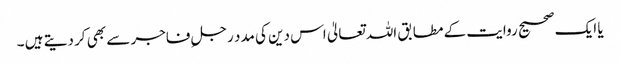
یا ایک صحیح روایت کے مطابق اللہ تعالیٰ اس دین کی مدد رجلِ فاجر سے بھی کر دیتے ہیں ۔